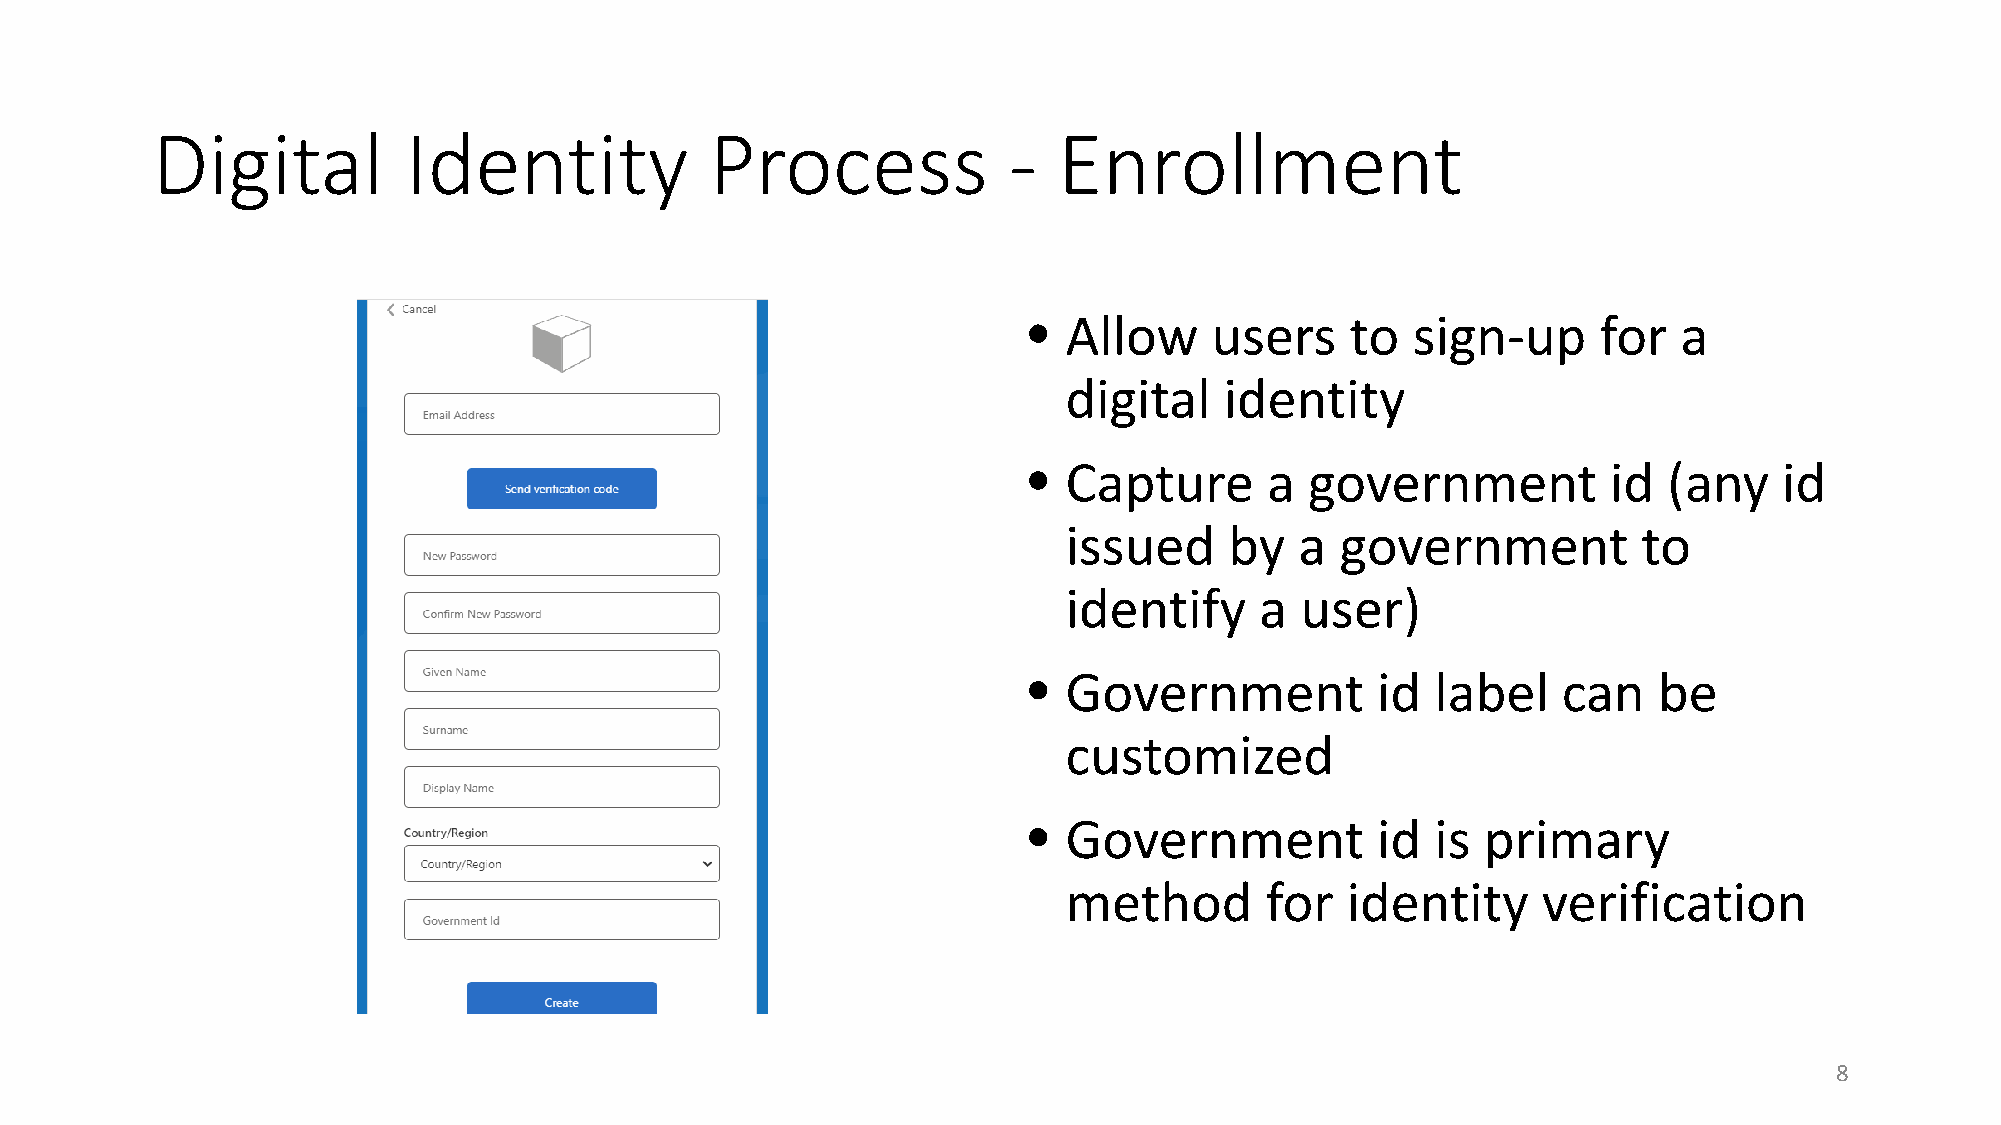
Digital          Identity            Process             -  Enrollment
 •  Allow    users    to  sign-up      for  a
 digital   identity
 •  Capture      a  government          id (any    id
 issued    by   a  government          to
 identify    a  user)
 •  Government          id  label   can    be
 customized
 •  Government          id  is primary
 method       for  identity     verification
 8